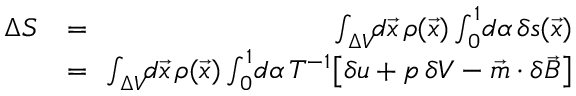
\begin{array} { r l r } { \Delta S } & { = } & { \! \! \int _ { \Delta V } \! \! d \vec { x } \, \rho ( \vec { x } ) \int _ { 0 } ^ { 1 } \! d \alpha \, \delta s ( \vec { x } ) } \\ & { = } & { \! \! \int _ { \Delta V } \! \! d \vec { x } \, \rho ( \vec { x } ) \int _ { 0 } ^ { 1 } \! d \alpha \, T ^ { - 1 } \big [ \delta u + p \, \delta V - \vec { m } \cdot \delta \vec { B } \big ] } \end{array}